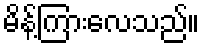
မိန့်ကြားလေသည်။